Vaccination Hyderabad 1872-1889 - 1872-1889
Year: 1872
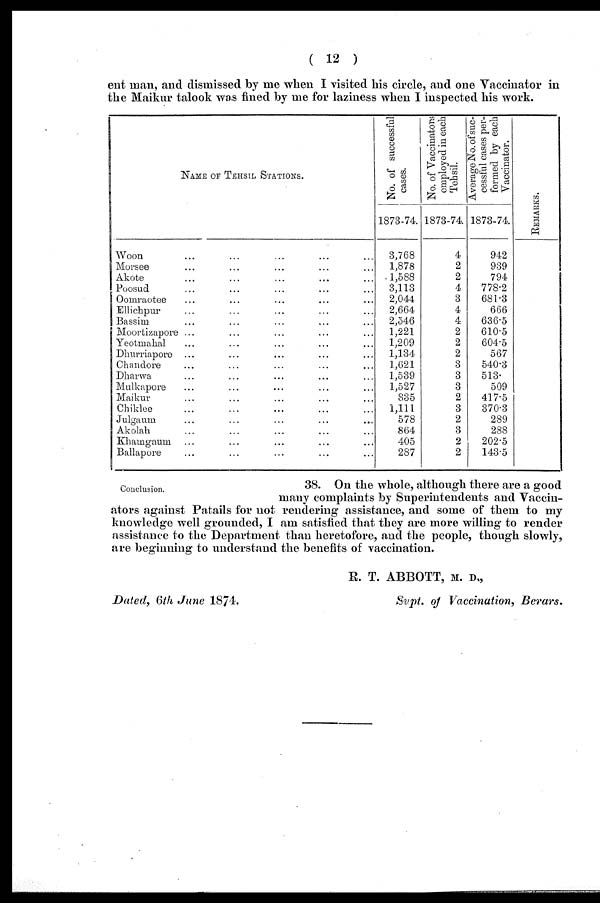
( 12 )
ent man, and dismissed by me when I visited his circle, and one Vaccinator in
the Maikur talook was fined by me for laziness when I inspected his work.
NAME OF TEHSIL STATIONS.
Woon ... ... ... ... ...
Morsee ... ... ... ... ...
Akote ... ... ... ... ...
Poosud ... ... ... ... ...
Oomraotee ... ... ... ... ...
Ellichpur ... ... ... ... ...
Bassim ... ... ... ... ...
Moortizapore ... ... ... ... ...
Yeotmahal ... ... ... ... ...
Dhurriapore ... ... ... ... ...
Chandore ... ... ... ... ...
Dharwa ... ... ... ... ...
Mulkapore ... ... ... ... ...
Maikur ... ... ... ... ...
Chiklee ... ... ... ... ...
Julgaum ... ... ... ... ...
Akolah ... ... ... ... ...
Khamgaum ... ... ... ... ...
Ballapore ... ... ... ... ...
No. of successful
cases.
1873-74
3,768
1,878
1,588
3,113
2,044
2,664
2,546
1,221
1,209
1,134
1,621
1,539
1,527
835
1,111
578
864
405
287
No. of Vaccinators
employed in each
Tehsil.
1873-74.
4
2
2
4
3
4
4
2
2
2
3
3
3
2
3
2
3
2
2
Average No. of suc-
cessful cases per-
formed by each
Vaccinator.
1873-74.
942
939
794
778.2
681.3
666
636.5
610.5
604.5
567
540.3
513.
509
417.5
370.3
289
288
202.5
143.5
REMARKS.
Conclusion.
38. On the whole, although there are a good
many complaints by Superintendents and Vaccin-
ators against Patails for not rendering assistance, and some of them to my
knowledge well grounded, I am satisfied that they are more willing to render
assistance to the Department than heretofore, and the people, though slowly,
are beginning to understand the benefits of vaccination.
R. T. ABBOTT, M. D.,
Supt. of Vaccination, Berars.
Dated, 6th June 1874.